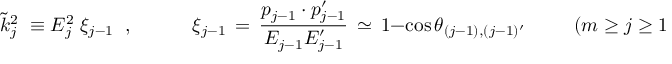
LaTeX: \tilde { k } _ { j } ^ { 2 } \; \equiv E _ { j } ^ { 2 } \; \xi _ { j - 1 } \; \; , \; \; \; \; \; \; \; \; \; \; \; \xi _ { j - 1 } \, = \, \frac { p _ { j - 1 } \cdot p _ { j - 1 } ^ { \prime } } { E _ { j - 1 } E _ { j - 1 } ^ { \prime } } \, \simeq \, 1 - \cos \theta _ { ( j \mathrm { - } 1 ) , ( j \mathrm { - } 1 ) ^ { \prime } } \; \; \; \; \; \; \; \; \; ( m \ge j \ge 1 ) \; .